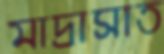
মাদ্রাসাত